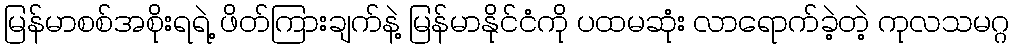
မြန်မာစစ်အစိုးရရဲ့ ဖိတ်ကြားချက်နဲ့ မြန်မာနိုင်ငံကို ပထမဆုံး လာရောက်ခဲ့တဲ့ ကုလသမဂ္ဂ